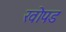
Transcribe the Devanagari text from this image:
खोपड